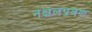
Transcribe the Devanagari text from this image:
नक्षलप्रवण